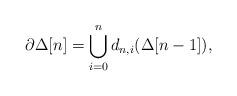
LaTeX: \begin{align*}\partial\Delta[n] = \bigcup_{i=0}^n d_{n,i}(\Delta[n-1]),\end{align*}